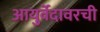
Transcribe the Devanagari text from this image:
आयुर्वेदावरची